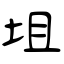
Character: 坥